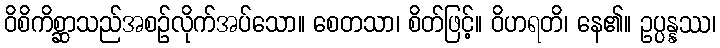
ဝိစိကိစ္ဆာသည်အစဉ်လိုက်အပ်သော။ စေတသာ၊ စိတ်ဖြင့်။ ဝိဟရတိ၊ နေ၏။ ဥပ္ပန္နဿ၊